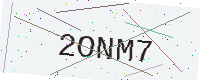
Text: 2ONM7